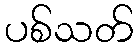
ပစ်သတ်